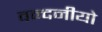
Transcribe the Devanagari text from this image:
वन्दनीयो